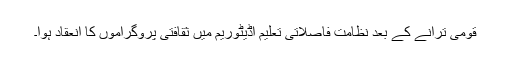
قومی ترانے کے بعد نظامت فاصلاتی تعلیم آڈیٹوریم میں ثقافتی پروگراموں کا انعقاد ہوا۔